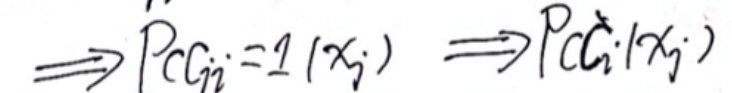
\[
\Longrightarrow P(G_{i}=1|x_{i})\Longrightarrow P(G_{i}|x_{i})
\]